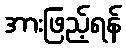
အားဖြည့်ရန်